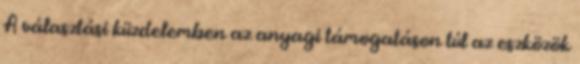
A választási küzdelemben az anyagi támogatáson túl az eszközök